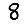
Digit: 8